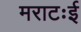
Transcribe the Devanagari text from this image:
मराटःई